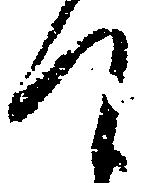
て